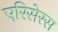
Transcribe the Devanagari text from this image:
एरिसेरस